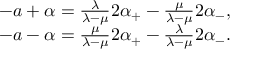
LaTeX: \begin{array} { c } { { - a + \alpha = \frac \lambda { \lambda - \mu } 2 \alpha _ { + } - \frac \mu { \lambda - \mu } 2 \alpha _ { - } , } } \\ { { - a - \alpha = \frac \mu { \lambda - \mu } 2 \alpha _ { + } - \frac \lambda { \lambda - \mu } 2 \alpha _ { - } . } } \end{array}